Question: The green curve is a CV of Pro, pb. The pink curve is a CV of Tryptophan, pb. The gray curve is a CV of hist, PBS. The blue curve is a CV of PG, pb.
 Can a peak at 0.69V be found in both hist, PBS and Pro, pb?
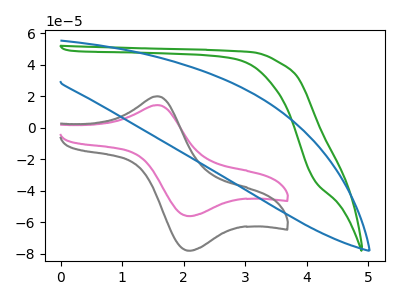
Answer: <think>The green curve "Pro, pb" has no peaks. The pink curve "Tryptophan, pb" has an anodic peak at (1.60V, 14.30uA) and a cathodic peak at (2.10V, -56.15uA). The gray curve "hist, PBS" has an anodic peak at (1.60V, 19.90uA) and a cathodic peak at (2.10V, -78.10uA). The blue curve "PG, pb" has no peaks.</think>
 <answer>No, "hist, PBS" and "Pro, pb" dont share a peak at 0.69V.</answer>
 <eval>mismatch</eval>